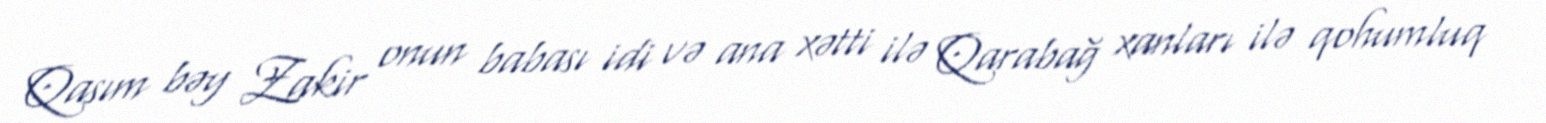
Qasım bəy Zakir onun babası idi və ana xətti ilə Qarabağ xanları ilə qohumluq